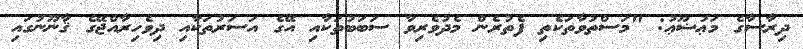
ދިރާސާގެ މަޢުޟޫޢު: "މަސްތުވާތަކެތި ފެތުރެން މެދުވެރިވާ ސަބަބުތަކާއި އޭގެ އަސަރުތަކާއި ދިވެހިރާއްޖޭގެ ޤާނޫނުގައި